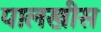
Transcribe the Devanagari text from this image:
पालखीस